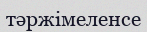
тәржімеленсе